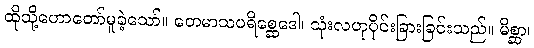
ထိုသို့ဟောတော်မူခဲ့သော်။ တေမာသပရိစ္ဆေဒေါ၊ သုံးလဟုပိုင်းခြားခြင်းသည်။ မိစ္ဆာ၊